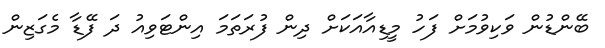
ބޭންޑުން ވަކިވުމަށް ފަހު މީޑިއާއަކަށް ދިން ފުރަތަމަ އިންޓަވިއު ދަ ފޭޑާ މެގަޒިން